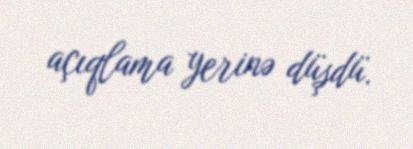
açıqlama yerinə düşdü.